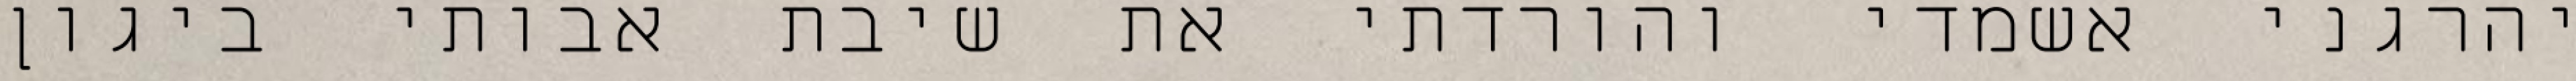
יהרגני אשמדי והורדתי את שיבת אבותי ביגון